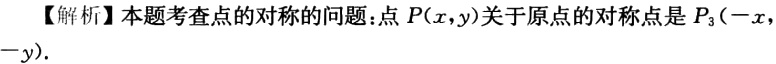
【解析】本题考查点的对称的问题：点\(P(x,y)\)关于原点的对称点是\(P_{3}(-x,-y)\)。